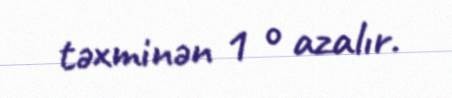
təxminən 1 ° azalır.